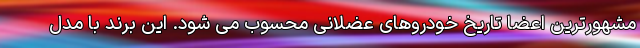
مشهورترین اعضا تاریخ خودروهای عضلانی محسوب می شود. این برند با مدل